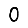
Digit: 0